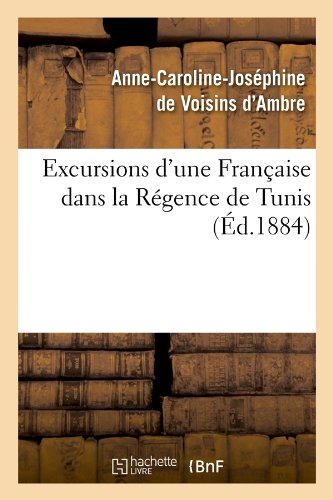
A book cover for Excursions D'Une Francaise Dans La Regence de Tunis (Ed.1884) (Histoire) (French Edition); De Voisins D. Ambre a. C. J.; Travel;